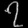
Digit: ၇